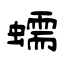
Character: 蠕